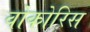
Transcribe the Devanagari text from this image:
वोकोरिस